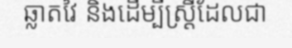
ឆ្លាតវៃ និងដើម្បីស្ត្រីដែលជា